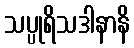
သပ္ပုရိသဒါနာနိ